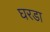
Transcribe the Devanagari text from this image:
घरडा